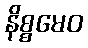
နိစ္စမေဝ